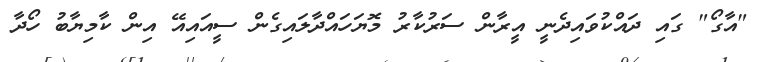
"އާގޯ" ގައި ދައްކުވައިދެނީ އީރާން ސަރުކާރު މޮޔަހައްދާލައިގެން ސީއައިއޭ އިން ކާމިޔާބު ހޯދާ